Annual report on the lock hospitals of the Madras Presidency
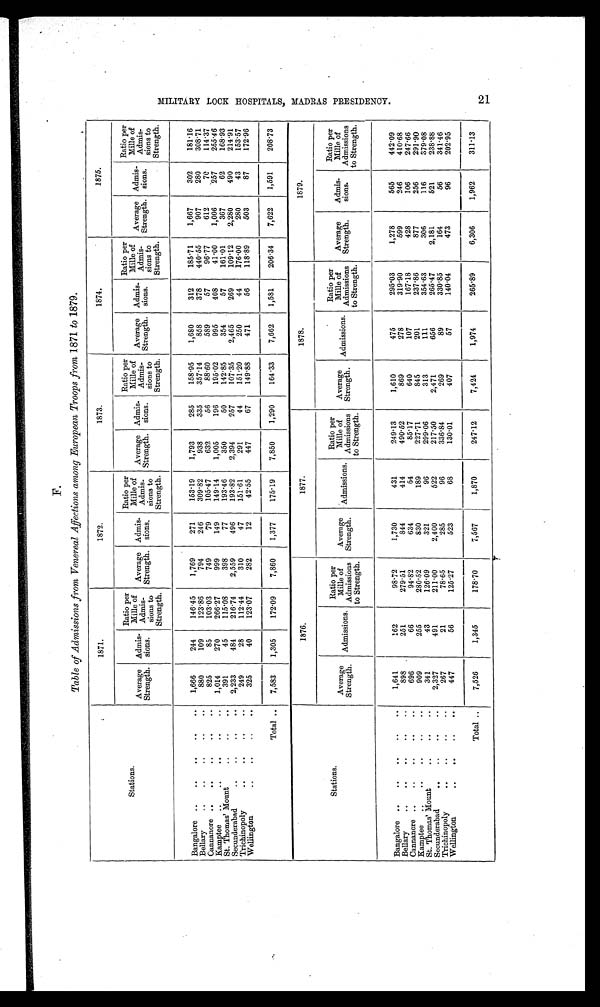
F.
Table of Admissions from Venereal Affections among European Troops from 1871 to 1879.
Stations.
1871.
1872.
1873.
1874.
1875.
Average
Strength.
Admis-
sions.
Ratio per
Mille of
Admis-
sions to
Strength.
Average
Strength.
Admis-
sions.
Ratio per
Mille of
Admis-
sions to
Strength.
Average
Strength
Admis
sions.
Ratio per
Mille of
Admis-
sions to
Strength.
Average
Strength.
Admis
sions.
Ratio per
Mille of
Admis-
sions to
Strength.
Average
Strength.
Admis-
sions.
Ratio per
Mille of
Admis-
sions to
Strength.
Bangalore ..
..
..
..
..
1,666
244
146.45
1,769
271
153.19
1,793
285
158.95
1,680
312
185.71
1,667
302
181.16
Bellary
..
..
.,
..
..
880
109
123.86
794
246
309.82
938
335
357.14
858
378
440.55
907
280
308.71
Cannanore ..
..
..
..
..
825
85
103.03
749
79
105.47
632
56
88.60
589
57
96.77
612
70
114.37
Kamptee
..
..
. .
..
..
1,014
270
266.27
999
149
149.14
1,005
196
195.02
995
408
41.00
1,006
257
255.46
St. Thomas' Mount
..
..
..
391
45
115.08
398
77
193.46
350
50
142.85
354
57
161.01
367
62
168.93
Secunderabad
2,233
484
216.74
2,559
496
193.82
2,394
257
107.35
2,465
269
109.12
2,280
490
214.91
Trichinopoly
..
..
..
..
249
28
112.44
310
47
151.61
291
44
151.20
250
44
176.00
280
43
153.57
Wellington
..
..
..
..
325
40
123.07
282
12
42.55
447
67
149.88
471
56
118.89
503
87
172.96
Total ..
7,583
1,305
172.09
7,860
1,377
175.19
7,850
1,290
164.33
7,662
1,581
206.34
7,622
1,591
208.73
Stations.
1876.
1877.
1878.
1879.
Average
Strength. Admissions.
Ratio per
Mille of
Admissions
to Strength.
Average
Strength. Admissions
Ratio per
Mille of
Admissions
to Strength.
Average
Strength. Admissions.
Ratio per
Mille of
Admissions
to Strength.
Average
Strength.
Admis-
sions.
Ratio per
Mille of
Admissions
to Strength.
Bangalore ..
..
..
. .
..
1,641
162
98.72
1,730
431
249.13
1,610
475
295.03
1,278
565
442.09
Bellary
..
.
.
.
.
. .
. .
898
251
279.51
844
414
490.52
869
278
319.90
599
246
410.68
Cannanore ..
..
..
..
. .
696
66
94.82
634
54
85.17
640
107
167.18
428
106
247.66
Kamptee ..
..
..
. .
..
909
255
280.52
830
189
227.71
845
201
237.86
877
256
291.90
St. Thomas' Mount
. .
.. ..
341
43
126.09
321
96
299.06
313
111
354.63
306
116
379.08
Secunderabad
.
.
..
..
..
2,327
491
211.00
2,400
522
217.50
2,471
656
265.47
2,181
521
238.88
Trichinopoly
..
..
..
..
267
21
78.65
285
96
336.84
269
89
330.85
164
56
341.46
Wellington
. .
. .
.. ..
447
56
125.27
523
68
130.01
407
57
140.04
473
96
202.95
Total ..
7,526
1,345
178.70
7,567
1,870
247.12
7,424
1,974
265.89
6,306
1,962
311.13
M I L I T A R Y L O C K H O S P I T A L S , M A D R A S P R E S I D E N C Y .